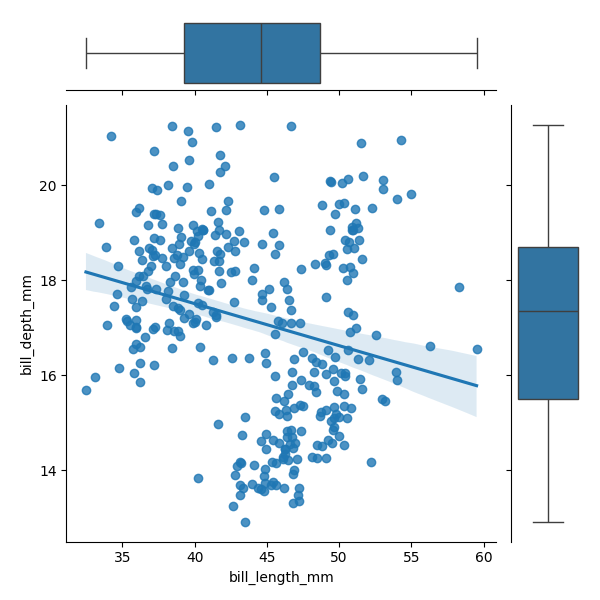
python, seaborn, JointGrid, regplot, boxplot